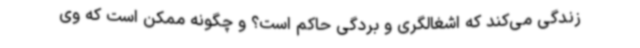
زندگی می‌کند که اشغالگری و بردگی حاکم است؟ و چگونه ممکن است که وی